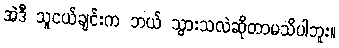
အဲဒီ သူငယ်ချင်းက ဘယ် သွားသလဲဆိုတာမသိပါဘူး။